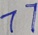
7 7